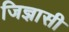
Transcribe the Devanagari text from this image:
जिज्ञासी